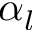
\alpha _ { l }